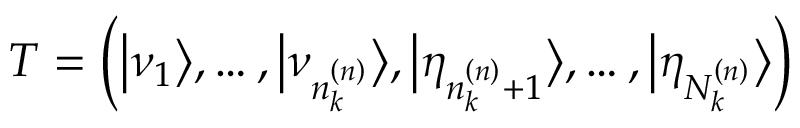
T = \left( \big \vert \nu _ { 1 } \big \rangle , \ldots , \big \vert \nu _ { n _ { k } ^ { \left( n \right) } } \big \rangle , \big \vert \eta _ { n _ { k } ^ { \left( n \right) } + 1 } \big \rangle , \ldots , \big \vert \eta _ { N _ { k } ^ { \left( n \right) } } \big \rangle \right)